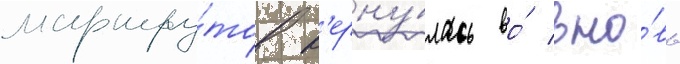
маршру́тов в'ерну́лась во́ вно́вь